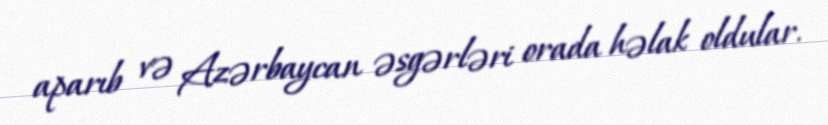
aparıb və Azərbaycan əsgərləri orada həlak oldular.